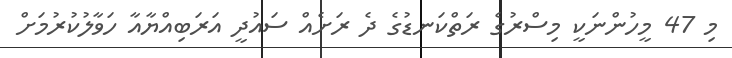
މި 47 މީހުންނަކީ މިސްރުގެ ރަތްކަނޑުގެ ދެ ރަށެއް ސައުދީ އަރަބިއްޔާއާ ހަވާލުކުރުމަށް